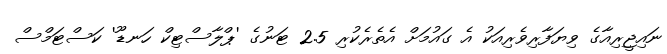
ނައިޖީރިއާގެ ވިޔަފާރިވެރިއަކު އެ ގައުމަށް އެތެރެކުރި 2.5 ޓަނުގެ 'ޕްލާސްޓިކް ހަނޑޫ' ކަސްޓަމްސް